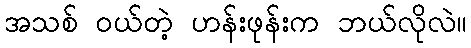
အသစ် ဝယ်တဲ့ ဟန်းဖုန်းက ဘယ်လိုလဲ။